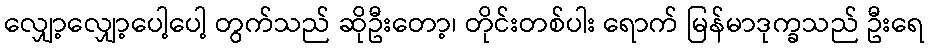
လျှော့လျှော့ပေါ့ပေါ့ တွက်သည် ဆိုဦးတော့၊ တိုင်းတစ်ပါး ရောက် မြန်မာဒုက္ခသည် ဦးရေ